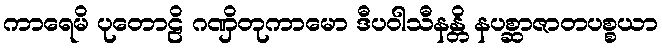
ကာရေမိ ပုတောဠိ ဂဏှိတုကာမော ဒီပဝါသီနန္တိ နပစ္ဆာဇာတပစ္စယာ